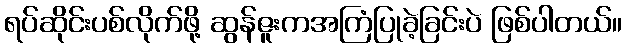
ရပ်ဆိုင်းပစ်လိုက်ဖို့ ဆွန်ဇူးကအကြံပြုခဲ့ခြင်းပဲ ဖြစ်ပါတယ်။